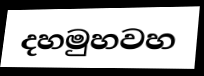
දහමුහවහ